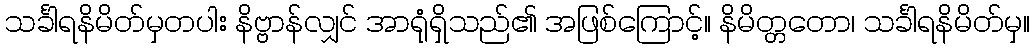
သင်္ခါရနိမိတ်မှတပါး နိဗ္ဗာန်လျှင် အာရုံရှိသည်၏ အဖြစ်ကြောင့်။ နိမိတ္တတော၊ သင်္ခါရနိမိတ်မှ။